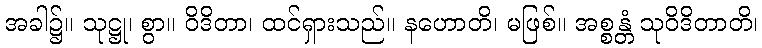
အခါ၌။ သုဋ္ဌု၊ စွာ။ ဝိဒိတာ၊ ထင်ရှားသည်။ နဟောတိ၊ မဖြစ်။ အစ္စန္တံ သုဝိဒိတာတိ၊